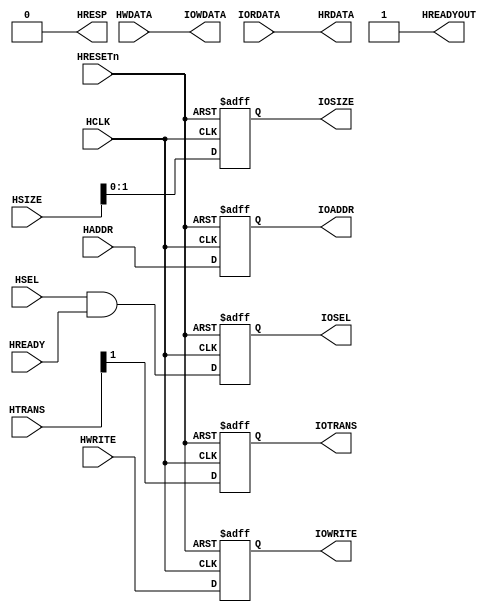
//-----------------------------------------------------------------------------
// The confidential and proprietary information contained in this file may
// only be used by a person authorised under and to the extent permitted
// by a subsisting licensing agreement from ARM Limited.
//
//            (C) COPYRIGHT 2012-2013 ARM Limited.
//                ALL RIGHTS RESERVED
//
// This entire notice must be reproduced on all copies of this file
// and copies of this file may only be made by a person if such person is
// permitted to do so under the terms of a subsisting license agreement
// from ARM Limited.
//
//      SVN Information
//
//      Checked In          : $Date: 2012-08-02 16:26:56 +0100 (Thu, 02 Aug 2012) $
//
//      Revision            : $Revision: 217500 $
//
//      Release Information : Cortex-M System Design Kit-r1p0-00rel0
//
//-----------------------------------------------------------------------------
//
// Simple AHB to IOP Bridge (for use with the IOP GPIO to make an AHB GPIO).
//
//-----------------------------------------------------------------------------

module cmsdk_ahb_to_iop
// ----------------------------------------------------------------------------
// Port Definitions
// ----------------------------------------------------------------------------
  (// AHB Inputs
   input  wire                 HCLK,      // system bus clock
   input  wire                 HRESETn,   // system bus reset
   input  wire                 HSEL,      // AHB peripheral select
   input  wire                 HREADY,    // AHB ready input
   input  wire  [1:0]          HTRANS,    // AHB transfer type
   input  wire  [2:0]          HSIZE,     // AHB hsize
   input  wire                 HWRITE,    // AHB hwrite
   input  wire [11:0]          HADDR,     // AHB address bus
   input  wire [31:0]          HWDATA,    // AHB write data bus

   // IOP Inputs
   input wire [31:0]           IORDATA,    // I/0 read data bus

   // AHB Outputs
   output wire                 HREADYOUT, // AHB ready output to S->M mux
   output wire                 HRESP,     // AHB response
   output wire [31:0]          HRDATA,

   // IOP Outputs
   output reg                  IOSEL,      // Decode for peripheral
   output reg  [11:0]          IOADDR,     // I/O transfer address
   output reg                  IOWRITE,    // I/O transfer direction
   output reg  [1:0]           IOSIZE,     // I/O transfer size
   output reg                  IOTRANS,    // I/O transaction
   output wire [31:0]          IOWDATA);   // I/O write data bus

  // ----------------------------------------------------------
  // Read/write control logic
  // ----------------------------------------------------------

  // registered HSEL, update only if selected to reduce toggling
  always @(posedge HCLK or negedge HRESETn)
  begin
    if (~HRESETn)
      IOSEL <= 1'b0;
    else
      IOSEL <= HSEL & HREADY;
  end

  // registered address, update only if selected to reduce toggling
  always @(posedge HCLK or negedge HRESETn)
  begin
    if (~HRESETn)
      IOADDR <= {12{1'b0}};
    else
      IOADDR <= HADDR[11:0];
  end

  // Data phase write control
  always @(posedge HCLK or negedge HRESETn)
  begin
    if (~HRESETn)
      IOWRITE <= 1'b0;
    else
      IOWRITE <= HWRITE;
  end

  // registered hsize, update only if selected to reduce toggling
  always @(posedge HCLK or negedge HRESETn)
  begin
    if (~HRESETn)
      IOSIZE <= {2{1'b0}};
    else
      IOSIZE <= HSIZE[1:0];
  end

  // registered HTRANS, update only if selected to reduce toggling
  always @(posedge HCLK or negedge HRESETn)
  begin
    if (~HRESETn)
      IOTRANS <= 1'b0;
    else
      IOTRANS <= HTRANS[1];
  end

  assign IOWDATA   = HWDATA;
  assign HRDATA    = IORDATA;
  assign HREADYOUT = 1'b1;
  assign HRESP     = 1'b0;

endmodule